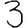
Digit: 3